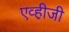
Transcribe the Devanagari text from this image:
एव्ही़जी